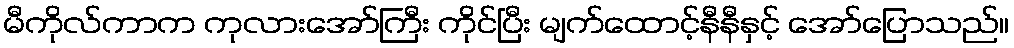
မီကိုလ်ကာက ကုလားအော်ကြီး ကိုင်ပြီး မျက်ထောင့်နီနီနှင့် အော်ပြောသည်။